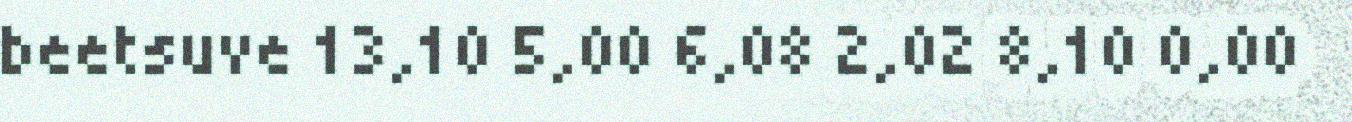
beetsuve 13,10 5,00 6,08 2,02 8,10 0,00